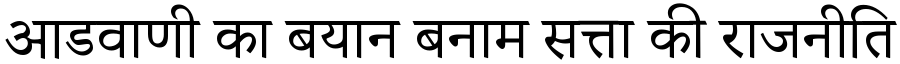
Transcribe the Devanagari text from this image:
आडवाणी का बयान बनाम सत्ता की राजनीति